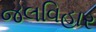
જલવિહાર